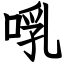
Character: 啂